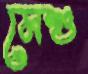
মেশু